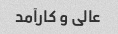
عالی و کارآمد